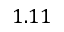
1 . 1 1